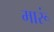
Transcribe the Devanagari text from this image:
मारूं